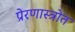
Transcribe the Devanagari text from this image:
प्रेरणास्‍त्रोत